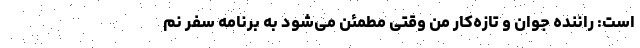
است: راننده جوان و تازه‌کار من وقتی مطمئن می‌شود به برنامه سفر نم